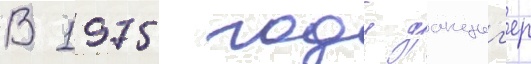
В 1975 году данциг'ер